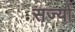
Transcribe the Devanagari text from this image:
सर्ज्या